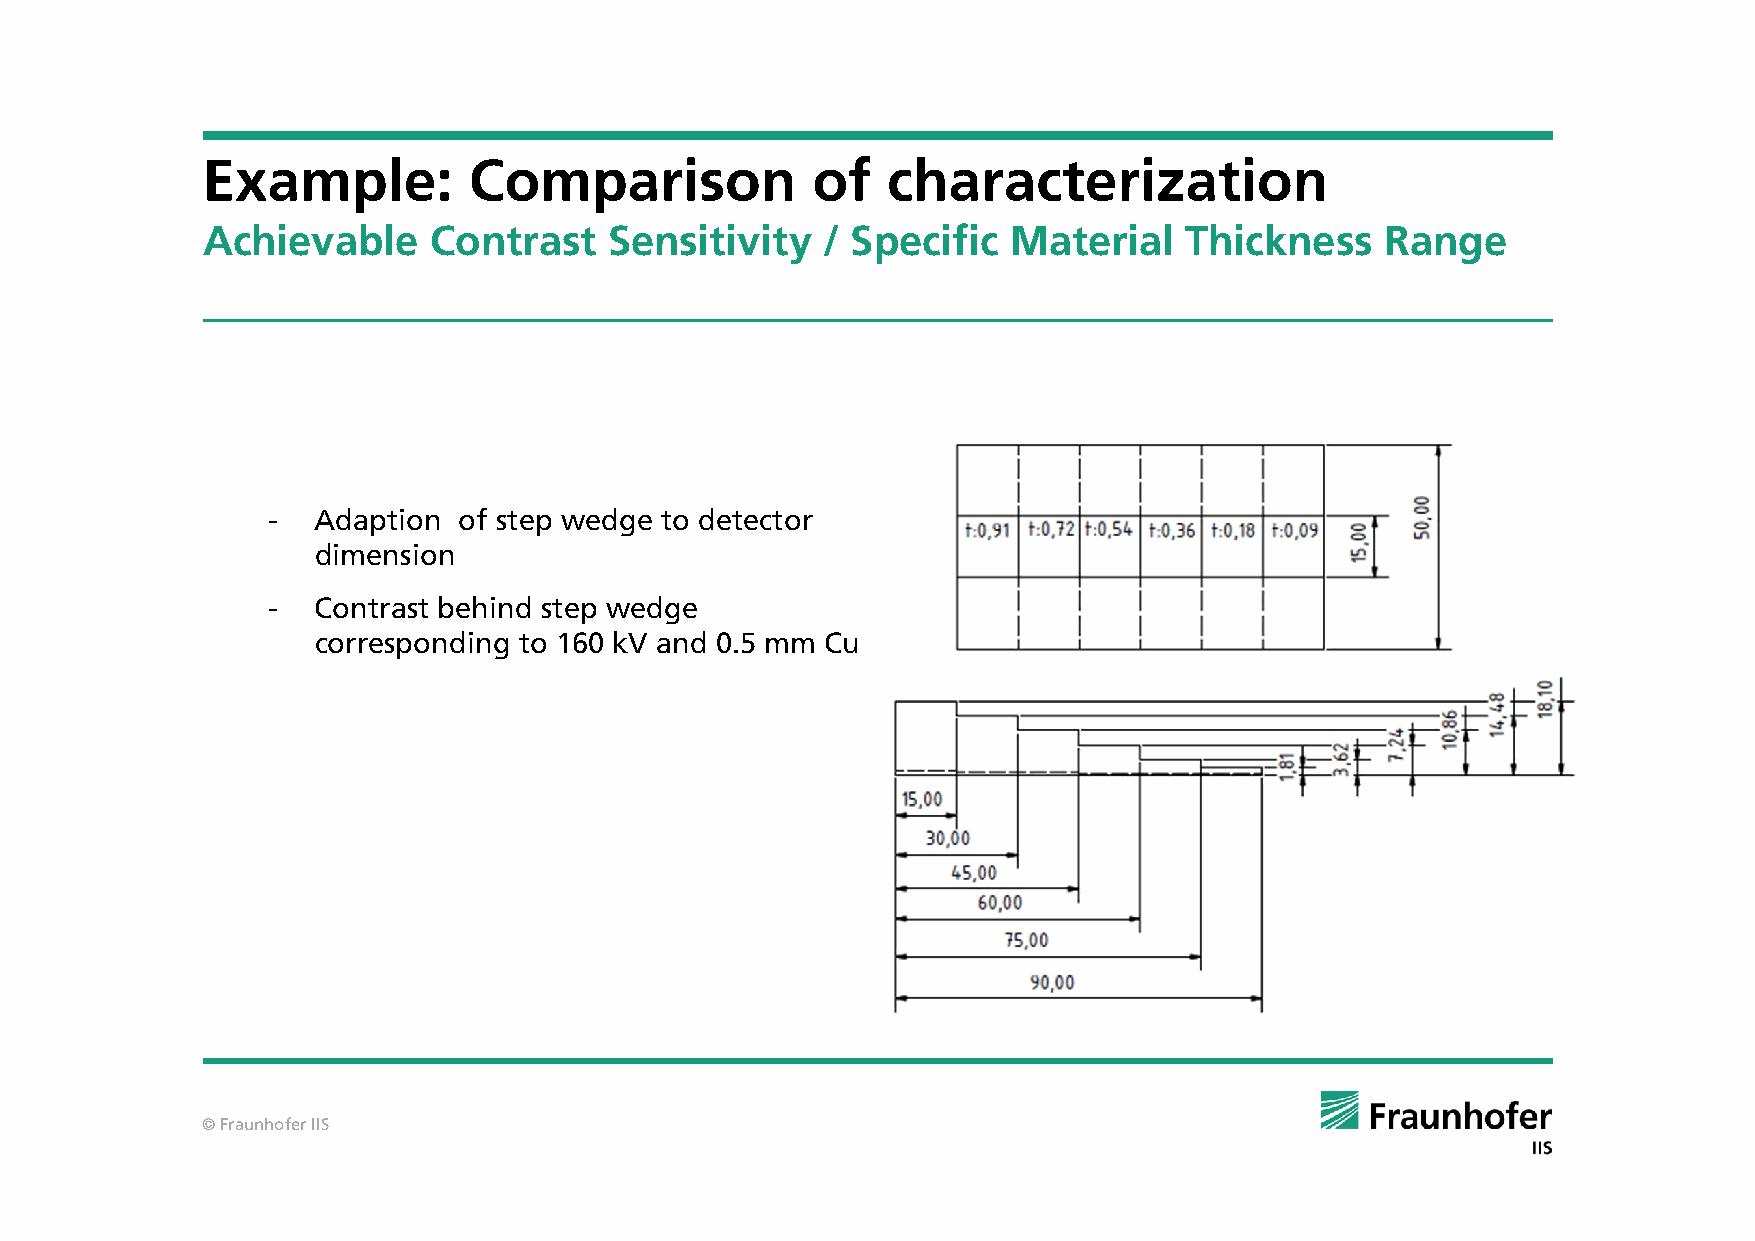
Example:          Comparison             of   characterization
 Achievable     Contrast    Sensitivity   / Specific   Material   Thickness     Range
 -  Adaption of step wedge to detector
 dimension
 -  Contrast behind step wedge
 corresponding to 160 kV and 0.5 mm Cu
 © Fraunhofer IIS